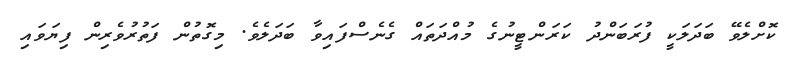
ކޮށްލެވޭ ބަދަލަކީ ފުރަބަންދު ކަރަންޓީނުގެ މުއްދަތައް ގެނެސްފައިވާ ބަދަލެވެ. މިގޮތުން ފަތުރުވެރިން ފިޔަވައި